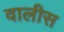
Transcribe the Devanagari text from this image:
वालीस